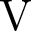
\mathrm { V }